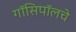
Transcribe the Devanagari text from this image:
गॉसिपॉलचे